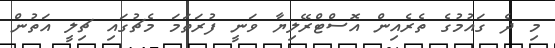
މި ދެ ގައުމުގެ ތެރެއިން އޮސްޓްރޭލިޔާ ވަނީ ފުރަތަމަ މެޗުގައި ޗިލީ އަތުން